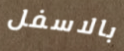
بالاسفل